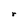
Character: r